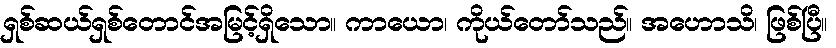
ရှစ်ဆယ်ရှစ်တောင်အမြင့်ရှိသော။ ကာယော၊ ကိုယ်တော်သည်။ အဟောသိ၊ ဖြစ်ပြီ။